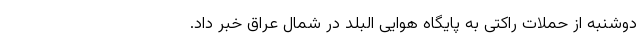
دوشنبه از حملات راکتی به پایگاه هوایی البلد در شمال عراق خبر داد.